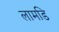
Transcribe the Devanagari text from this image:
लामडि